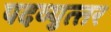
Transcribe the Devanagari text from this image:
पदव्‍युत्‍तर